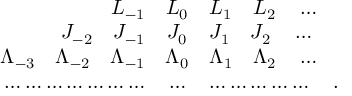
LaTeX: \begin{array} { r c l } { { L _ { - 1 } } } & { { L _ { 0 } } } & { { L _ { 1 } \quad L _ { 2 } \quad \ldots } } \\ { { J _ { - 2 } \quad J _ { - 1 } } } & { { J _ { 0 } } } & { { J _ { 1 } \quad J _ { 2 } \quad \ldots } } \\ { { \Lambda _ { - 3 } \quad \Lambda _ { - 2 } \quad \Lambda _ { - 1 } } } & { { \Lambda _ { 0 } } } & { { \Lambda _ { 1 } \quad \Lambda _ { 2 } \quad \ldots } } \\ { { \ldots \ldots \ldots \ldots \ldots \ldots \ldots } } & { { \ldots } } & { { \ldots \ldots \ldots \ldots \ldots \quad . } } \end{array}